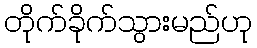
တိုက်ခိုက်သွားမည်ဟု